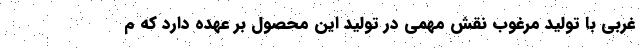
غربی با تولید مرغوب نقش مهمی در تولید این محصول بر عهده دارد که م